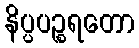
နိပ္ပပဉ္စရတော